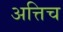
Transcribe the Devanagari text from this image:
अत्तिच